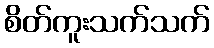
စိတ်ကူးသက်သက်